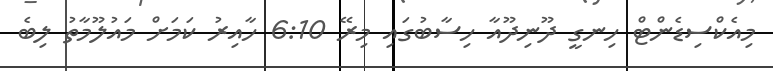
މިއެކްސިޑެންޓް ހިނގީ ދޫނިދޫއާ ހިސާބުގައި މިރޭ 6:10 ހާއިރު ކަމަށް މައުލޫމާތު ލިބެ